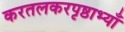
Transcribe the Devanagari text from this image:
करतलकरपृष्ठाभ्याँ